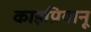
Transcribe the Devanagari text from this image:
काइप्रियानू